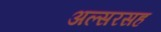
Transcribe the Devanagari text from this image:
अल्सरसह